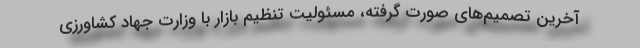
آخرین تصمیم‌های صورت گرفته، مسئولیت تنظیم بازار با وزارت جهاد کشاورزی